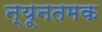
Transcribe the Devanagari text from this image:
न्यूनतमक